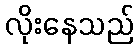
လိုးနေသည်